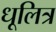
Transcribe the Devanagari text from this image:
धूलित्र